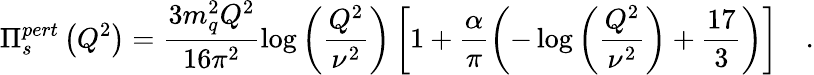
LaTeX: \Pi_{s}^{pert}\left(Q^{2}\right)=\frac{3m_{q}^{2}Q^{2}}{16\pi^{2}}\log{\left(\frac{Q^{2}}{\nu^{2}}\right)}\left[1+\frac{\alpha}{\pi}\left(-\log{\left(\frac{Q^{2}}{\nu^{2}}\right)}+\frac{17}{3}\right)\right]\quad.